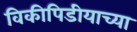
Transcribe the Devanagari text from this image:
विकीपिडीयाच्या